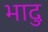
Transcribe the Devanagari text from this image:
भादु